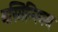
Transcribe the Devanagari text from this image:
यस्मिन्निगम